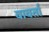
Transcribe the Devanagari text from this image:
वावर्ता